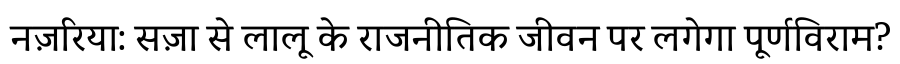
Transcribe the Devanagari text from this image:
नज़रिया: सज़ा से लालू के राजनीतिक जीवन पर लगेगा पूर्णविराम?